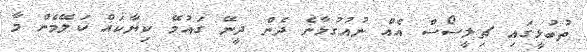
ތުބުޅީގައި ޗިލީސޯސް އެއް ނުއުގުޅާނެ ދެން ދީނޭ ގައުމޭ ކިޔާކައް ކަލޭމެން މާ